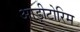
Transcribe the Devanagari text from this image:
आड़ीटोरिम